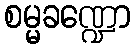
စမ္မခဏ္ဍော